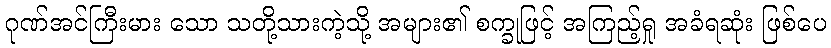
ဂုဏ်အင်ကြီးမား သော သတို့သားကဲ့သို့ အများ၏ စက္ခုဖြင့် အကြည့်ရှု အခံရဆုံး ဖြစ်ပေ